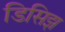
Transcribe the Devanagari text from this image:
डिसिझ